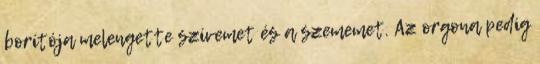
borítója melengette szívemet és a szememet. Az orgona pedig